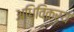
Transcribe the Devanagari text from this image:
अधिविक्रय